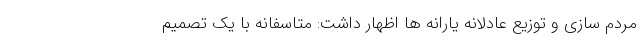
مردم سازی و توزیع عادلانه یارانه ها اظهار داشت: متاسفانه با یک تصمیم